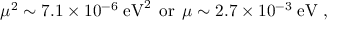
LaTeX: \mu ^ { 2 } \sim 7 . 1 \times 1 0 ^ { - 6 } \; \mathrm { e V } ^ { 2 } \; \, \mathrm { o r } \, \; \mu \sim 2 . 7 \times 1 0 ^ { - 3 } \; \mathrm { e V } \; ,